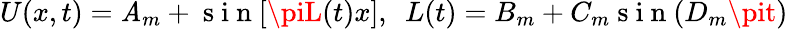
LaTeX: U(x,t)=\mathit{A}_{m}+\mathrm{{~s~i~n~}}[\piL(t)x],\ \ L(t)=B_{m}+C_{m}\mathrm{{~s~i~n~}}(D_{m}\pit)